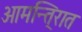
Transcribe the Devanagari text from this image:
आमन्ति्रात